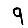
Digit: 9